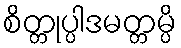
စိတ္တုပ္ပါဒမတ္တမ္ပိ